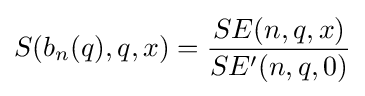
S(b_{n}(q),q,x)={\frac {SE(n,q,x)}{SE'(n,q,0)}}